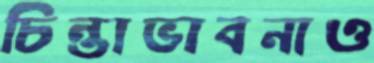
চিন্তাভাবনাও